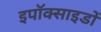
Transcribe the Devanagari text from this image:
इपॉक्साइडों